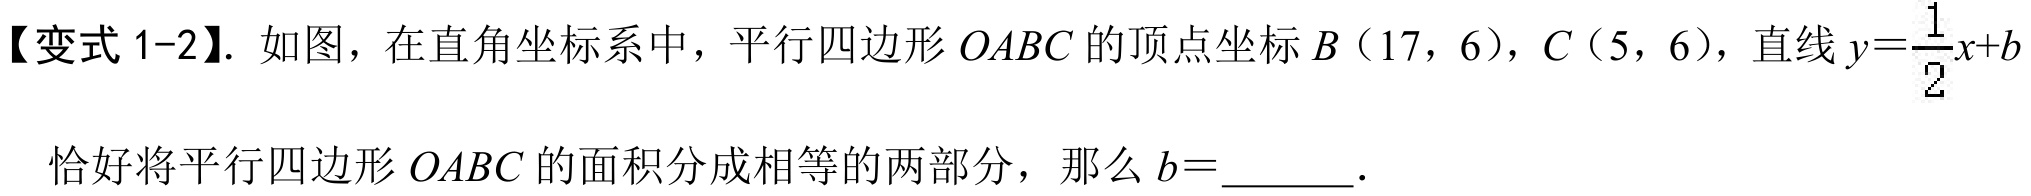
【变式1-2】. 如图，在直角坐标系中，平行四边形\(OABC\)的顶点坐标\(B(17,6)\)，\(C(5,6)\)，直线\(y = \frac{1}{2}x + b\)恰好将平行四边形\(OABC\)的面积分成相等的两部分，那么\(b =\)  ．